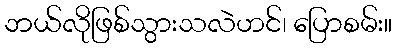
ဘယ်လိုဖြစ်သွားသလဲဟင်၊ ပြောစမ်း။